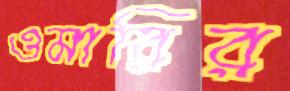
ওমারির